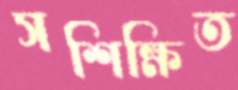
সশিক্ষিত